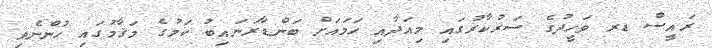
ރައީސް ޑރ ވަހީދުގެ ސަރުކާރުގައި މިއަދާއި ހަމައަށް ބަންޑާރަނައިބު ކަމުގެ މަޤާމުގައި ހުންނެވި